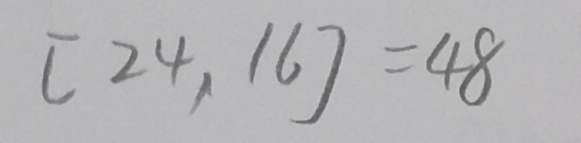
[ 2 4 , 1 6 ] = 4 8